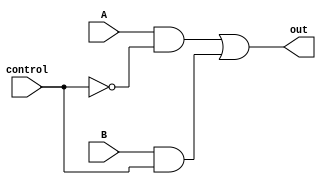
module XOR_transmission_gate (
    input A,
    input B,
    input control,
    output reg out
);

assign out = (A & ~control) | (B & control);

endmodule